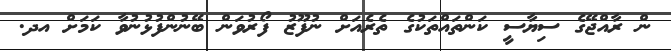
ން ރާއްޖޭގެ ސިޔާސީ ކަންތައްތަކުގެ ތެރެއަށް ނުފޫޒު ފޯރުވަން ބޭނުންފުޅުނުވާ ކަމަށް އދ.